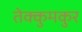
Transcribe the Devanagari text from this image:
तेक्कुमकुर